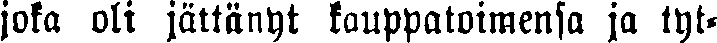
joka oli jättänyt kauppatoimensa ja tyt-